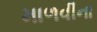
માળવીના